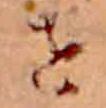
せ